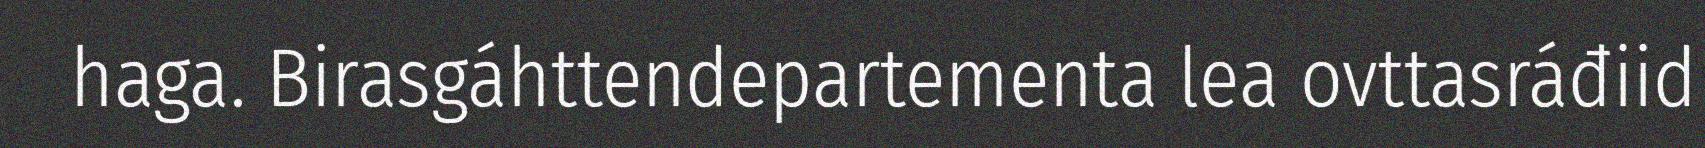
haga. Birasgáhttendepartementa lea ovttasráđiid